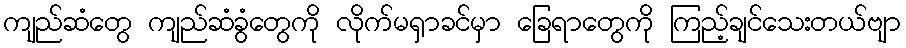
ကျည်ဆံတွေ ကျည်ဆံခွံတွေကို လိုက်မရှာခင်မှာ ခြေရာတွေကို ကြည့်ချင်သေးတယ်ဗျာ